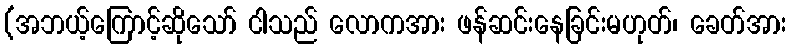
(အဘယ့်ကြောင့်ဆိုသော် ငါသည် လောကအား ဖန်ဆင်းနေခြင်းမဟုတ်၊ ခေတ်အား